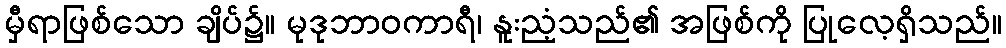
မှီရာဖြစ်သော ချိပ်၌။ မုဒုဘာဝကာရီ၊ နူးညံ့သည်၏ အဖြစ်ကို ပြုလေ့ရှိသည်။